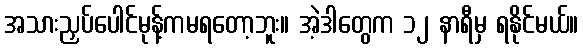
အသားညှပ်ပေါင်မုန့်ကမရတော့ဘူး။ အဲ့ဒါတွေက ၁၂ နာရီမှ ရနိုင်မယ်။